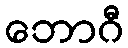
ဘောဂီ